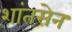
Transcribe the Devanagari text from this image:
शांतसेन